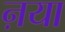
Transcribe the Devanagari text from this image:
ऩया